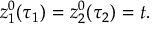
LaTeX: z _ { 1 } ^ { 0 } ( \tau _ { 1 } ) = z _ { 2 } ^ { 0 } ( \tau _ { 2 } ) = t .